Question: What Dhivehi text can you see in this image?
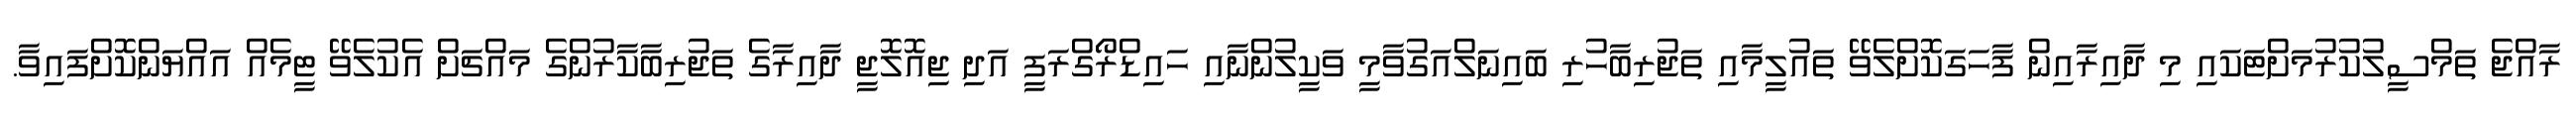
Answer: ރާއްޖެ ތަމްސީލުކުރުމަށްޓަކައި މި ދާއިރާއިން ފާހަގަކޮށްލެވޭ ތައުލީމާއި ތަޖުރިބާހުރި ބައިނަލްއަގުވާމީ ވަކީލުންނާއި ހައިޑްރޯގްރަފީ އަދި ޖިއޮލޮޖީ ދާއިރާގެ ތަޖުރިބާކާރުންގެ މައްޗަށް އެކުލެވޭ ޓީމެއް އައްޔަންކޮށްފައިވާ.